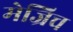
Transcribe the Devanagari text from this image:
मेज्रिच